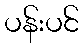
ပန်းပင်